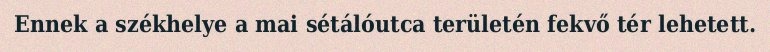
Ennek a székhelye a mai sétálóutca területén fekvő tér lehetett.